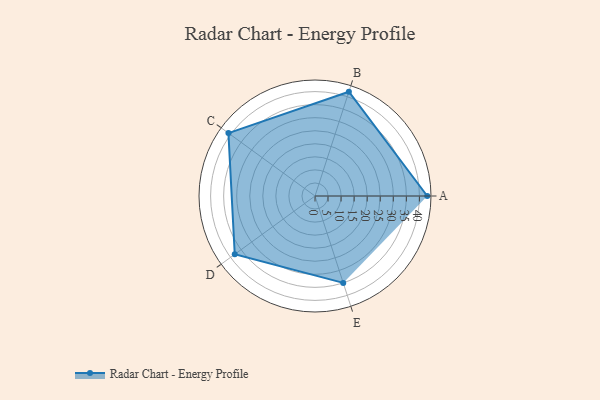
{"axis": {"x": "Skill", "y": "Score"}, "legend": ["Profile"], "data": [{"x": "A", "y": 43.0, "type": "Profile"}, {"x": "B", "y": 42.0, "type": "Profile"}, {"x": "C", "y": 41.0, "type": "Profile"}, {"x": "D", "y": 38.0, "type": "Profile"}, {"x": "E", "y": 35.0, "type": "Profile"}]}